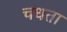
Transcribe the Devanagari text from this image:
चधता